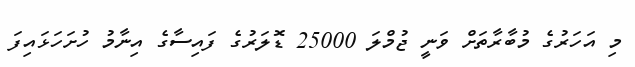
މި އަހަރުގެ މުބާރާތަށް ވަނީ ޖުމްލަ 25000 ޑޮލަރުގެ ފައިސާގެ އިނާމު ހުށަހަޅައިފަ